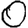
Digit: 0